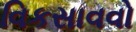
વિકસાવવો